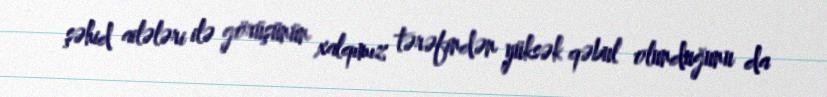
şəhid ailələri ilə görüşünün xalqımız tərəfindən yüksək qəbul olunduğunu da